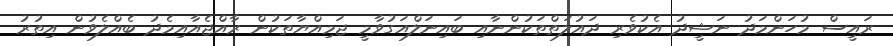
ރައީސް މުހަންމަދު ނަޝީދު އެކުވެރި ދައުލަތްތަކުންނާއި ބައިނަލްއަގުވާމީ ޖަމިއްޔާތަކުން ރާއްޖެއާއިމެދު ބެއްލެވުން އިތުރު